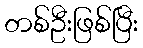
တစ်ဦးဖြစ်ပြီး